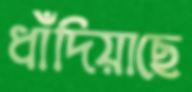
ধাঁদিয়াছে